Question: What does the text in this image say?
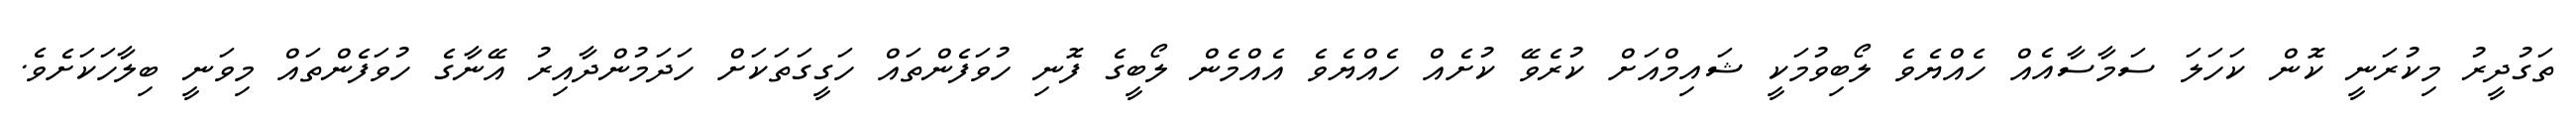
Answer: ތަގުދީރު މިކުރަނީ ކޮން ކަހަލަ ސަމާސާއެއް ހެއްޔެވެ ލޯބިވުމަކީ ޝައިމްއަށް ކުރެވޭ ކުށެއް ހެއްޔެވެ އެއްމެން ލޯބީގެ ފޮނި ހުވަފެންތައް ހަގީގަތަކަށް ހަދަމުންދާއިރު އޭނާގެ ހުވަފެންތައް މިވަނީ ބިލާހަކަށެވެ.